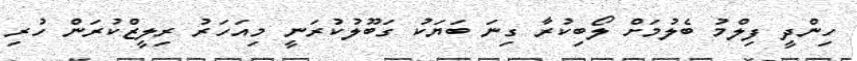
ހިންދީ ފިލްމު ބެލުމަށް ލޯބިކުރާ ގިނަ ބަޔަކު ގަބޫލުކުރަނީ މިއަހަރު ރިލީޒްކުރަން ހުރި